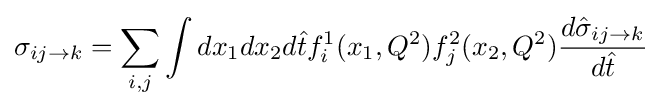
\sigma _{ij\rightarrow k}=\sum _{i,j}\int dx_{1}dx_{2}d{\hat {t}}f_{i}^{1}(x_{1},Q^{2})f_{j}^{2}(x_{2},Q^{2}){\frac {d{\hat {\sigma }}_{ij\rightarrow k}}{d{\hat {t}}}}